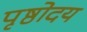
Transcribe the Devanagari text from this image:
पृष्ठोदय